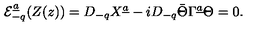
{ \cal E } _ { - q } ^ { \underline { a } } ( Z ( z ) ) = D _ { - q } X ^ { \underline { a } } - i D _ { - q } \bar { \Theta } \Gamma ^ { \underline { a } } \Theta = 0 .